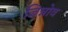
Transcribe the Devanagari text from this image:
जिन्नोव